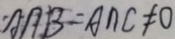
A \cap B = A \cap C \neq 0